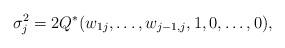
LaTeX: \begin{align*} \sigma^2_j =2 Q^*(w_{1j},\ldots, w_{j-1,j}, 1, 0, \ldots, 0), \end{align*}